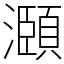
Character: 㶊